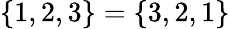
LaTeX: \{ 1,2,3\} =\{ 3,2,1\}